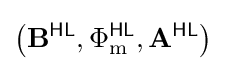
\left(\mathbf {B} ^{\textsf {HL}},\Phi _{\text{m}}^{\textsf {HL}},\mathbf {A} ^{\textsf {HL}}\right)